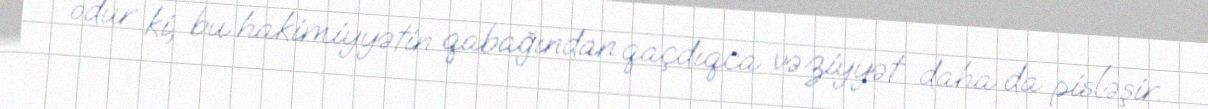
odur ki, bu hakimiyyətin qabağından qaçdıqca vəziyyət daha da pisləşir.